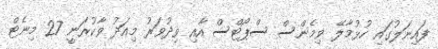
ފައިނަލުގައި ހުޅުމާލޭ ވިމެންސް ސްޕޯޓްސް އާއި ވިދުވަރު މިއަދު ވާކުރަނީ 27 މިނެޓް